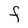
Character: F